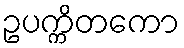
ဥပက္ကိတကော